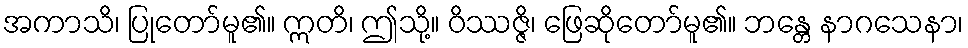
အကာသိ၊ ပြုတော်မူ၏။ ဣတိ၊ ဤသို့။ ဝိဿဇ္ဇိ၊ ဖြေဆိုတော်မူ၏။ ဘန္တေ နာဂသေနာ၊